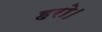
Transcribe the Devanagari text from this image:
हरो।